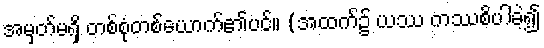
အမှတ်မရှိ တစ်စုံတစ်ယောက်၏ပင်။ (အထက်၌ ယဿ ကဿစိပါခဲ့၍